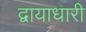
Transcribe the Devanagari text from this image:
द्वायाधारी